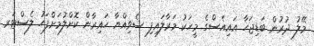
މޭލު ދުރުން ބަޑިޖަހާ އައިއެސްގެ މީހަކު މަރާލައިފި ސެވިއްޔާ ހައިރާން ކޮށްލުމަށްފަހު ލެސްޓަރ